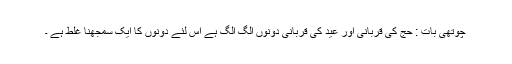
چوتھی بات : حج کی قربانی اور عید کی قربانی دونوں الگ الگ ہے اس لئے دونوں کا ایک سمجھنا غلط ہے ۔